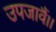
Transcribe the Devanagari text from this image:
उपजावैं।।